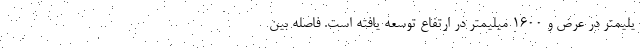
یلیمتر در عرض و 1600 میلیمتر در ارتفاع توسعه یافته است. فاصله بین